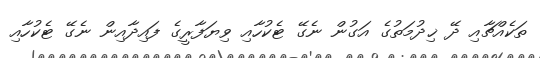
ތަކެއްޗާއި ދޭ ޚިދުމަތުގެ އަގުން ނެގޭ ޓެކުހާއި ވިޔަފާރީގެ ފައިދާއިން ނެގޭ ޓެކުހާއި